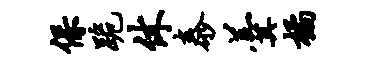
保跪休泰羹橘